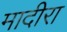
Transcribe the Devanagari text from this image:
मादीरा